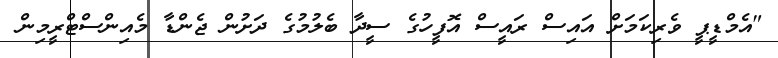
"އެމްޑީޕީ ވެރިކަމަށް އައިސް ރައީސް އޮފީހުގެ ސީދާ ބެލުމުގެ ދަށުން ޖެންޑާ މެއިންސްޓްރީމިން